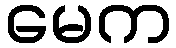
မေက